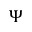
\Psi